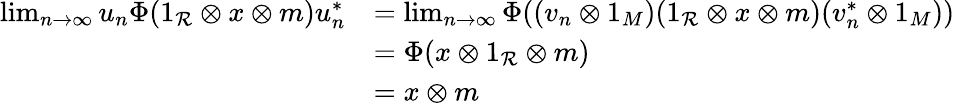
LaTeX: \begin{array}{rl}{\operatorname*{lim}_{n\rightarrow\infty}u_{n}\Phi(1_{\mathcal{R}}\otimes x\otimes m)u_{n}^{*}}&{=\operatorname*{lim}_{n\rightarrow\infty}\Phi((v_{n}\otimes 1_{M})(1_{\mathcal{R}}\otimes x\otimes m)(v_{n}^{*}\otimes 1_{M}))}\\ &{=\Phi(x\otimes 1_{\mathcal{R}}\otimes m)}\\ &{=x\otimes m}\end{array}